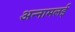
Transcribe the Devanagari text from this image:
अन्‍नामलई